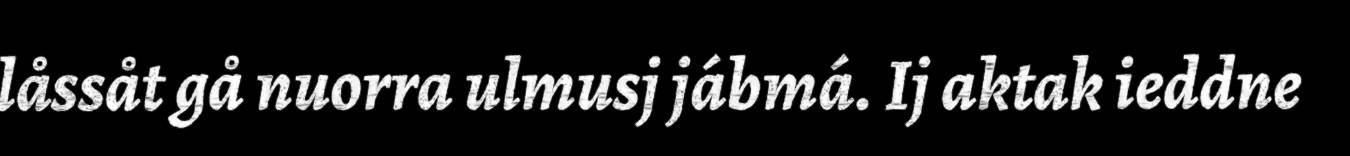
låssåt gå nuorra ulmusj jábmá. Ij aktak ieddne